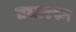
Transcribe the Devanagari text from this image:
उत्तरस्य